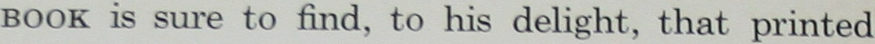
Book is sure to find. to his delight. that printed